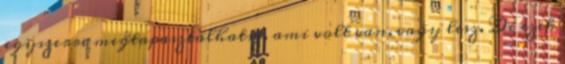
egyszerre megtapasztalhatsz, ami volt van, vagy lesz. De ezek